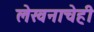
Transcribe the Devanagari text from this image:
लेखनाचेही